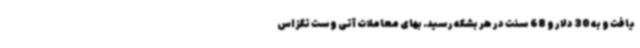
یافت و به 30 دلار و 68 سنت در هر بشکه رسید. بهای معاملات آتی وست تگزاس